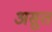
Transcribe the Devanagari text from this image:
असुत